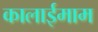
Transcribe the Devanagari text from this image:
कालाईमाम